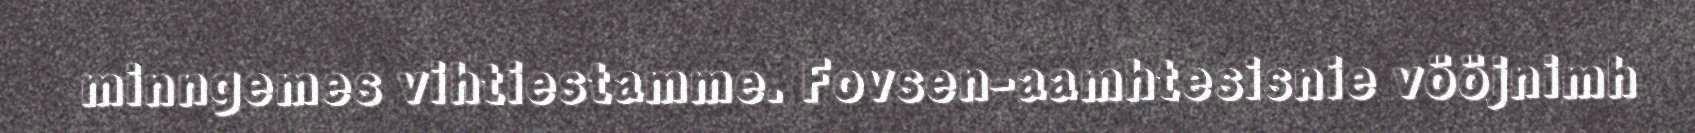
minngemes vihtiestamme. Fovsen-aamhtesisnie vööjnimh